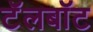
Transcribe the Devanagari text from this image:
टॅलबॉट